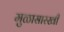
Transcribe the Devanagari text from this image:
मुळासारखी